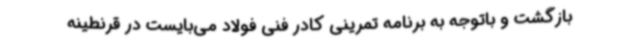
بازگشت و باتوجه به برنامه تمرینی کادر فنی فولاد می‌بایست در قرنطینه